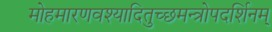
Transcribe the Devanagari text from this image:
मोहमारणवश्यादितुच्छमन्त्रोपदर्शिनम्